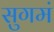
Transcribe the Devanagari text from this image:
सुगमं